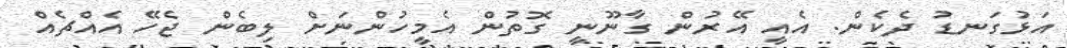
އަޅުގަނޑު ދެކެން. އެއީ އޭރުން ގާނޫނީ ގޮތުން އެމީހުންނަށް ލިބެން ޖެހޭ އެއްޗެއް